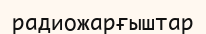
радиожарғыштар